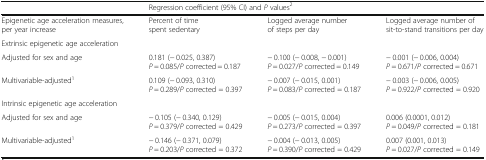
<table><thead><tr><td></td><td colspan="3"><b>Regression coefficient (95% CI) and <i>P</i> values<sup>2</sup></b></td></tr></thead><tbody><tr><td>Epigenetic age acceleration measures, per year increase</td><td>Percent of time spent sedentary</td><td>Logged average number of steps per day</td><td>Logged average number of sit-to-stand transitions per day</td></tr><tr><td colspan="4">Extrinsic epigenetic age acceleration</td></tr><tr><td>Adjusted for sex and age</td><td>0.181 (− 0.025, 0.387)<i>P</i> = 0.085/<i>P</i> corrected = 0.187</td><td>− 0.100 (− 0.008, − 0.001)<i>P</i> = 0.027/<i>P</i> corrected = 0.149</td><td>− 0.001 (− 0.006, 0.004)<i>P</i> = 0.671/<i>P</i> corrected = 0.671</td></tr><tr><td>Multivariable-adjusted<sup>1</sup></td><td>0.109 (− 0.093, 0.310)<i>P</i> = 0.289/<i>P</i> corrected = 0.397</td><td>− 0.007 (− 0.015, 0.001)<i>P</i> = 0.083/<i>P</i> corrected = 0.187</td><td>− 0.003 (− 0.006, 0.005)<i>P</i> = 0.922/<i>P</i> corrected = 0.920</td></tr><tr><td colspan="4">Intrinsic epigenetic age acceleration</td></tr><tr><td>Adjusted for sex and age</td><td>− 0.105 (− 0.340, 0.129)<i>P</i> = 0.379/<i>P</i> corrected = 0.429</td><td>− 0.005 (− 0.015, 0.004)<i>P</i> = 0.273/<i>P</i> corrected = 0.397</td><td>0.006 (0.0001, 0.012)<i>P</i> = 0.049/<i>P</i> corrected = 0.181</td></tr><tr><td>Multivariable-adjusted<sup>1</sup></td><td>− 0.146 (− 0.371, 0.079)<i>P</i> = 0.203/<i>P</i> corrected = 0.372</td><td>− 0.004 (− 0.013, 0.005)<i>P</i> = 0.390/<i>P</i> corrected = 0.429</td><td>0.007 (0.001, 0.013)<i>P</i> = 0.027/<i>P</i> corrected = 0.149</td></tr></tbody></table>